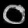
Digit: ၀